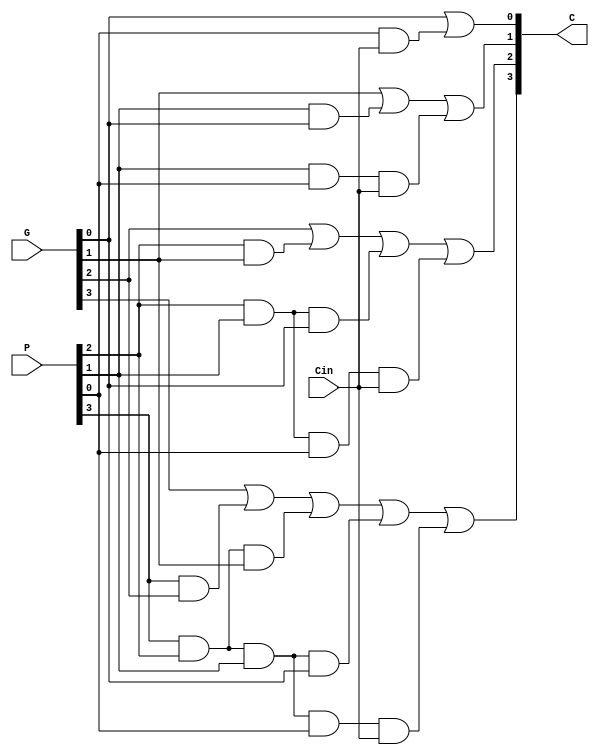
module Lab2_CLG_dataflow
(
output [4:1] C ,
input [3:0] P , G,
input Cin
);

assign  C[1] = G[0]||(P[0]&&Cin),
	C[2] = G[1]||(P[1]&&G[0])||(P[1]&&P[0]&&Cin),
	C[3] = G[2]||(P[2]&&G[1])||(P[2]&&P[1]&&G[0])||(P[2]&&P[1]&&P[0]&&Cin),
	C[4] = G[3]||(P[3]&&G[2])||(P[3]&&P[2]&&G[1])||(P[3]&&P[2]&&P[1]&&G[0])||(P[3]&&P[2]&&P[1]&&P[0]&&Cin);
	
endmodule